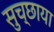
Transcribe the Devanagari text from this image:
सुच्छाया